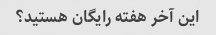
این آخر هفته رایگان هستید؟